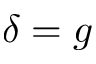
\delta = g